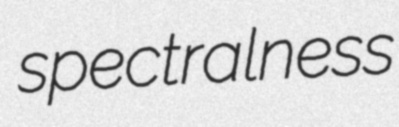
spectralness